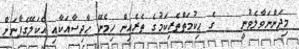
މިދަންނަވާލެވުނީ    ގެ ޙިކުމަތްތެރިކަމުގެ ތެރެއިން ހިމެނޭ ޙާދިސާއަކާއި އެކަލޭގެފާނަށް